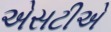
એસટીએ